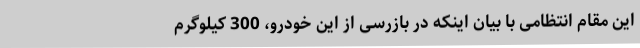
این مقام انتظامی با بیان اینکه در بازرسی از این خودرو، 300 کیلوگرم